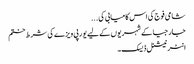
شامی فوج کی اس کامیابی کی ...
جارجیا کے شہریوں کے لیے یورپی ویزے کی شرط ختم
انٹر نیشنل ڈیسک۔